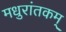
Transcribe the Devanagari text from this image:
मधुरांतकम्